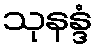
သုနန္ဒံ